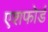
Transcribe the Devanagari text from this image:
एशफोर्ड